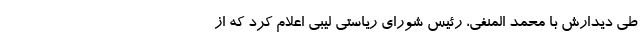
طی دیدارش با محمد المنفی، رئیس شورای ریاستی لیبی اعلام کرد که از